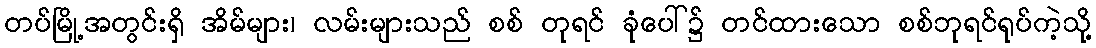
တပ်မြို့အတွင်းရှိ အိမ်များ၊ လမ်းများသည် စစ် တုရင် ခုံပေါ်၌ တင်ထားသော စစ်ဘုရင်ရုပ်ကဲ့သို့